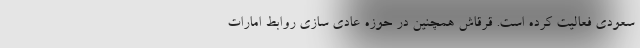
سعودی فعالیت کرده است. قرقاش همچنین در حوزه عادی سازی روابط امارات